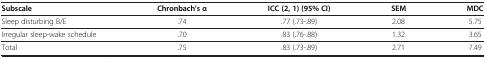
| Subscale | Chronbach’s α | ICC (2, 1) (95% CI) | SEM | MDC |
 | --- | --- | --- | --- | --- |
 | Sleep disturbing B/E | .74 | .77 (.73-.89) | 2.08 | 5.75 |
 | Irregular sleep-wake schedule | .70 | .83 (.76-.88) | 1.32 | 3.65 |
 | Total | .75 | .83 (.73-.89) | 2.71 | 7.49 |